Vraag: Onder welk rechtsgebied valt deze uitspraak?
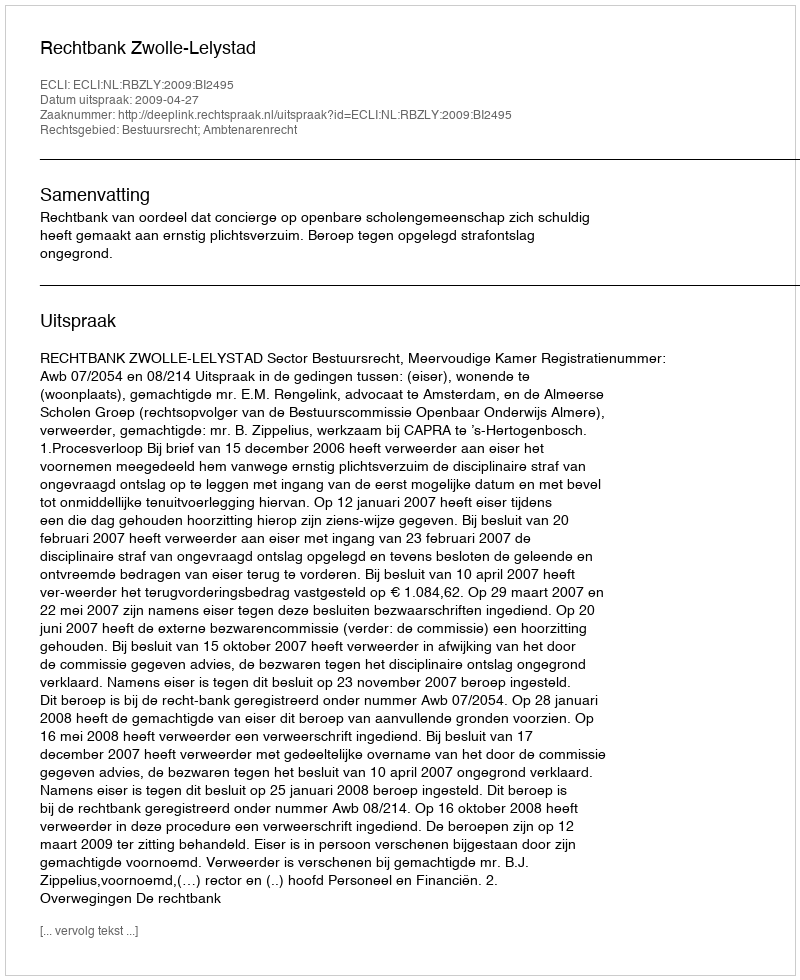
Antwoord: Bestuursrecht; Ambtenarenrecht